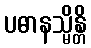
ပဓာနသ္မိန္တိ